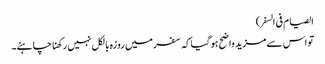
الصیام فی السفر)
تو اس سے مزید واضح ہوگیاکہ سفر میں روزہ بالکل نہیں رکھنا چاہئے۔